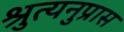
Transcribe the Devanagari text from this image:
श्रुत्यनुप्रास